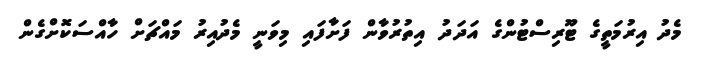
މެދު އިރުމަތީގެ ޓޫރިސްޓުންގެ އަދަދު އިތުރުވާން ފަށާފައި މިވަނީ މެދުއިރު މައްޗަށް ހާއްސަކޮށްގެން